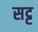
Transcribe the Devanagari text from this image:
सट्ट